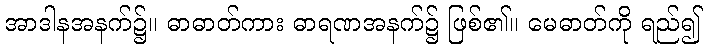
အာဒါနအနက်၌။ ဓာဓာတ်ကား ဓာရဏအနက်၌ ဖြစ်၏။ မေဓာတ်ကို ရည်၍